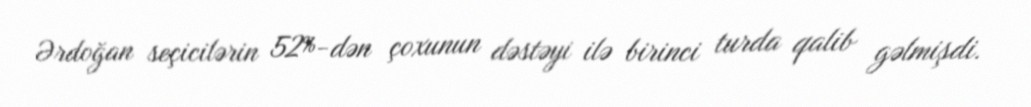
Ərdoğan seçicilərin 52%-dən çoxunun dəstəyi ilə birinci turda qalib gəlmişdi.